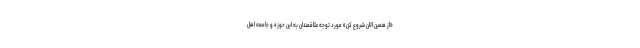
«از همین الان شروع کن» مورد توجه علاقمندان به این حوزه و جامعه اهل